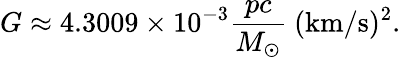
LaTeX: G\approx 4.3009\times 10^{-3}\mathrm{{}}{\frac{pc}{M_{\odot}}}\mathrm{{\ (km/s)^{2}}}.